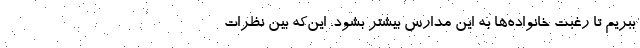
ببریم تا رغبت خانواده‌ها به این مدارس بیشتر بشود. این‌که بین نظرات